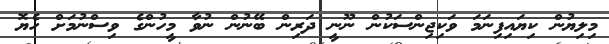
މިލިޔުން ކިޔައިފިނަމަ ވަކިޖިންސަކުން ނޫނީ ދަރިން ބޭނުން ނުވާ މީހުންގެ ވިސްނުމަށް ހެޔޮ